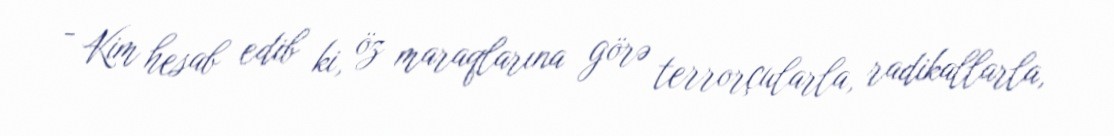
- Kim hesab edib ki, öz maraqlarına görə terrorçularla, radikallarla,